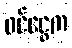
ဝင်ငွေက